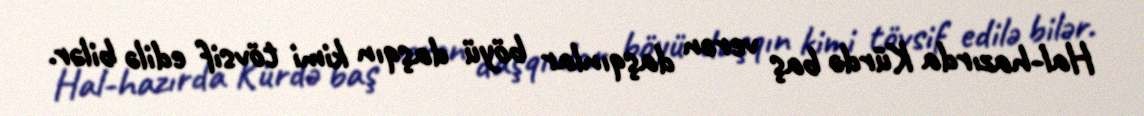
Hal-hazırda Kürdə baş verən daşqınlar böyü daşqın kimi tövsif edilə bilər.